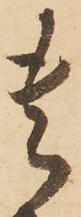
喜